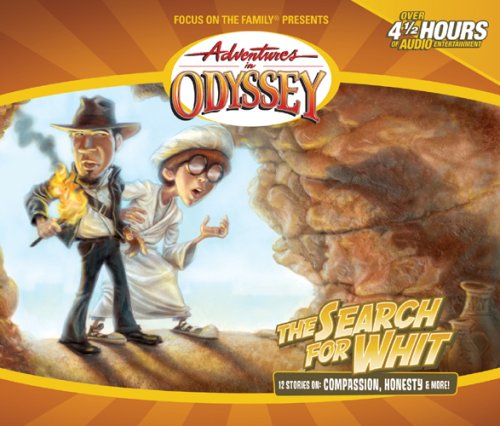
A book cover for The Search For Whit (Adventures in Odyssey #27); AIO Team; Humor & Entertainment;